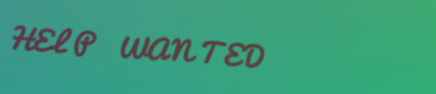
HELP WANTED